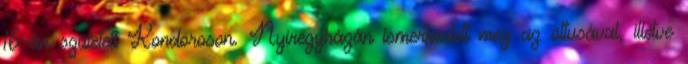
16-án született Kondoroson. Nyíregyházán ismerkedett meg az öttusával, illetve